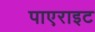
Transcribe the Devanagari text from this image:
पाएराइट